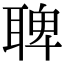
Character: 聛